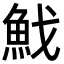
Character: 䰹